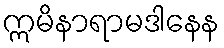
ဣမိနာရာမဒါနေန